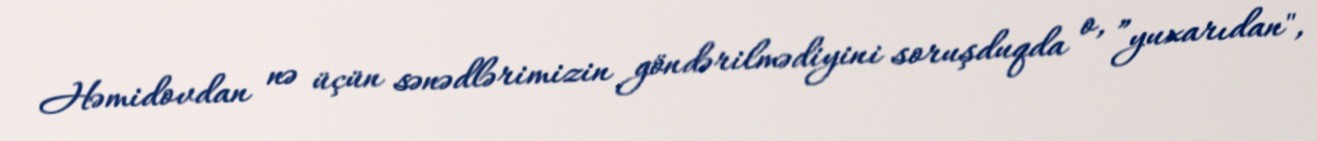
Həmidovdan nə üçün sənədlərimizin göndərilmədiyini soruşduqda o, ”yuxarıdan",